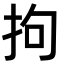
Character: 拘